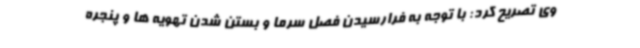
وی تصریح کرد: با توجه به فرارسیدن فصل سرما و بستن شدن تهویه ها و پنجره